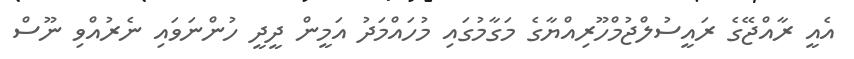
އެއީ ރާއްޖޭގެ ރައީސުލްޖުމްހޫރިއްޔާގެ މަގާމުގައި މުހައްމަދު އަމީން ދީދީ ހުންނަވައި ނެރުއްވި ނޫސް